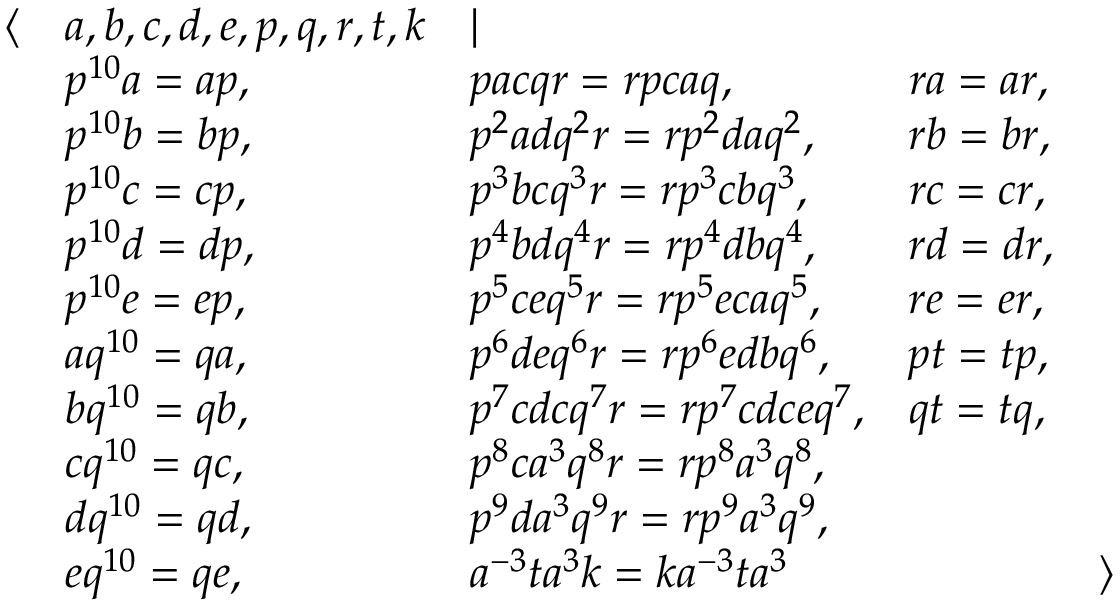
{ \begin{array} { l l l l l } { \langle } & { a , b , c , d , e , p , q , r , t , k } & { | } & & \\ & { p ^ { 1 0 } a = a p , } & { p a c q r = r p c a q , } & { r a = a r , } & \\ & { p ^ { 1 0 } b = b p , } & { p ^ { 2 } a d q ^ { 2 } r = r p ^ { 2 } d a q ^ { 2 } , } & { r b = b r , } & \\ & { p ^ { 1 0 } c = c p , } & { p ^ { 3 } b c q ^ { 3 } r = r p ^ { 3 } c b q ^ { 3 } , } & { r c = c r , } & \\ & { p ^ { 1 0 } d = d p , } & { p ^ { 4 } b d q ^ { 4 } r = r p ^ { 4 } d b q ^ { 4 } , } & { r d = d r , } & \\ & { p ^ { 1 0 } e = e p , } & { p ^ { 5 } c e q ^ { 5 } r = r p ^ { 5 } e c a q ^ { 5 } , } & { r e = e r , } & \\ & { a q ^ { 1 0 } = q a , } & { p ^ { 6 } d e q ^ { 6 } r = r p ^ { 6 } e d b q ^ { 6 } , } & { p t = t p , } & \\ & { b q ^ { 1 0 } = q b , } & { p ^ { 7 } c d c q ^ { 7 } r = r p ^ { 7 } c d c e q ^ { 7 } , } & { q t = t q , } & \\ & { c q ^ { 1 0 } = q c , } & { p ^ { 8 } c a ^ { 3 } q ^ { 8 } r = r p ^ { 8 } a ^ { 3 } q ^ { 8 } , } & & \\ & { d q ^ { 1 0 } = q d , } & { p ^ { 9 } d a ^ { 3 } q ^ { 9 } r = r p ^ { 9 } a ^ { 3 } q ^ { 9 } , } & & \\ & { e q ^ { 1 0 } = q e , } & { a ^ { - 3 } t a ^ { 3 } k = k a ^ { - 3 } t a ^ { 3 } } & & { \rangle } \end{array} }